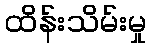
ထိန်းသိမ်းမှု